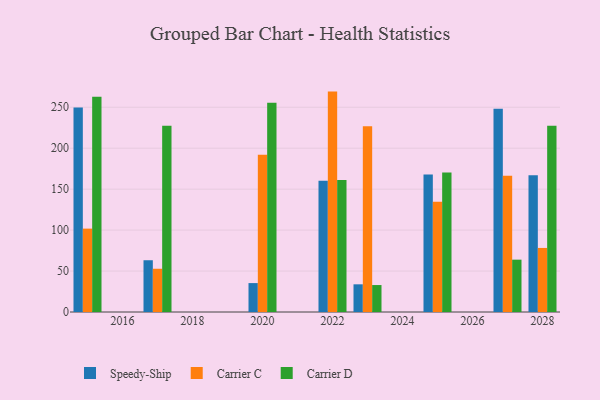
{"axis": {"x": "Year", "y": "Humidity (%)"}, "legend": ["Carrier C", "Carrier D", "Speedy-Ship"], "data": [{"x": "2022", "y": 160.1, "type": "Speedy-Ship"}, {"x": "2022", "y": 269.1, "type": "Carrier C"}, {"x": "2022", "y": 161.2, "type": "Carrier D"}, {"x": "2020", "y": 35.3, "type": "Speedy-Ship"}, {"x": "2020", "y": 191.9, "type": "Carrier C"}, {"x": "2020", "y": 255.6, "type": "Carrier D"}, {"x": "2027", "y": 248.2, "type": "Speedy-Ship"}, {"x": "2027", "y": 166.4, "type": "Carrier C"}, {"x": "2027", "y": 63.9, "type": "Carrier D"}, {"x": "2028", "y": 167.1, "type": "Speedy-Ship"}, {"x": "2028", "y": 78.2, "type": "Carrier C"}, {"x": "2028", "y": 227.4, "type": "Carrier D"}, {"x": "2025", "y": 168.0, "type": "Speedy-Ship"}, {"x": "2025", "y": 134.6, "type": "Carrier C"}, {"x": "2025", "y": 170.3, "type": "Carrier D"}, {"x": "2017", "y": 63.2, "type": "Speedy-Ship"}, {"x": "2017", "y": 52.8, "type": "Carrier C"}, {"x": "2017", "y": 227.4, "type": "Carrier D"}, {"x": "2023", "y": 33.8, "type": "Speedy-Ship"}, {"x": "2023", "y": 226.8, "type": "Carrier C"}, {"x": "2023", "y": 32.9, "type": "Carrier D"}, {"x": "2015", "y": 249.7, "type": "Speedy-Ship"}, {"x": "2015", "y": 101.8, "type": "Carrier C"}, {"x": "2015", "y": 262.7, "type": "Carrier D"}]}